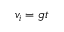
\ v _ { i } = g t